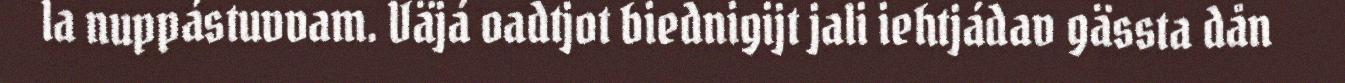
la nuppástuvvam. Väjá oadtjot biednigijt jali iehtjádav gässta dån